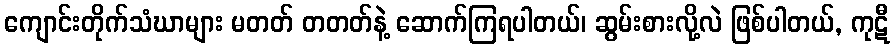
ကျောင်းတိုက်သံဃာများ မတတ် တတတ်နဲ့ ဆောက်ကြရပါတယ်၊ ဆွမ်းစားလို့လဲ ဖြစ်ပါတယ်, ကုဋီ